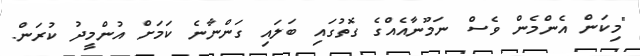
"މިކަން އެންމެން ވެސް ނަމޫނާއެއްގެ ގޮތުގައި ބަލައި ގަންނާނެ ކަމަށް އުންމީދު ކުރަން.